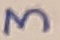
Text: 3